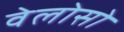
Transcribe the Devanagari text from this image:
वेलोसो